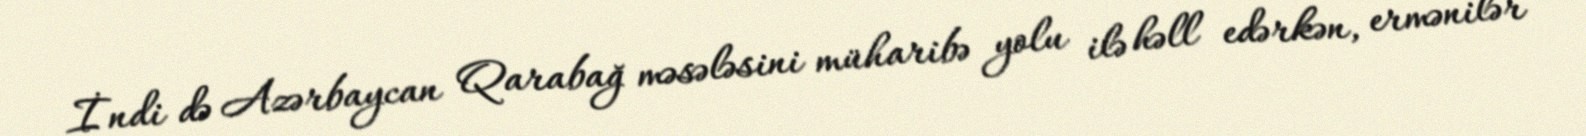
İndi də Azərbaycan Qarabağ məsələsini müharibə yolu ilə həll edərkən, ermənilər